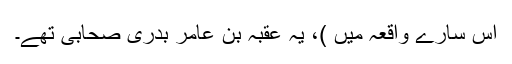
اس سارے واقعہ میں )، یہ عُقْبَہ بن عامر بدری صحابی تھے۔